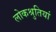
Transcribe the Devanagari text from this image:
लोकश्रुतियां